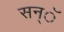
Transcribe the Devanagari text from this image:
सन्ॅ